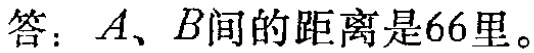
答：$A、B$间的距离是66里。